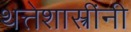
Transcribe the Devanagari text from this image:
थत्तेशास्त्रींनी